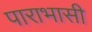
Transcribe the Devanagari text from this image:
पाराभासी